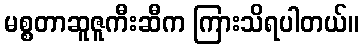
မစ္စတာဆူဇူကီးဆီက ကြားသိရပါတယ်။